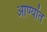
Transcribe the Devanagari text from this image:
आण्यांत